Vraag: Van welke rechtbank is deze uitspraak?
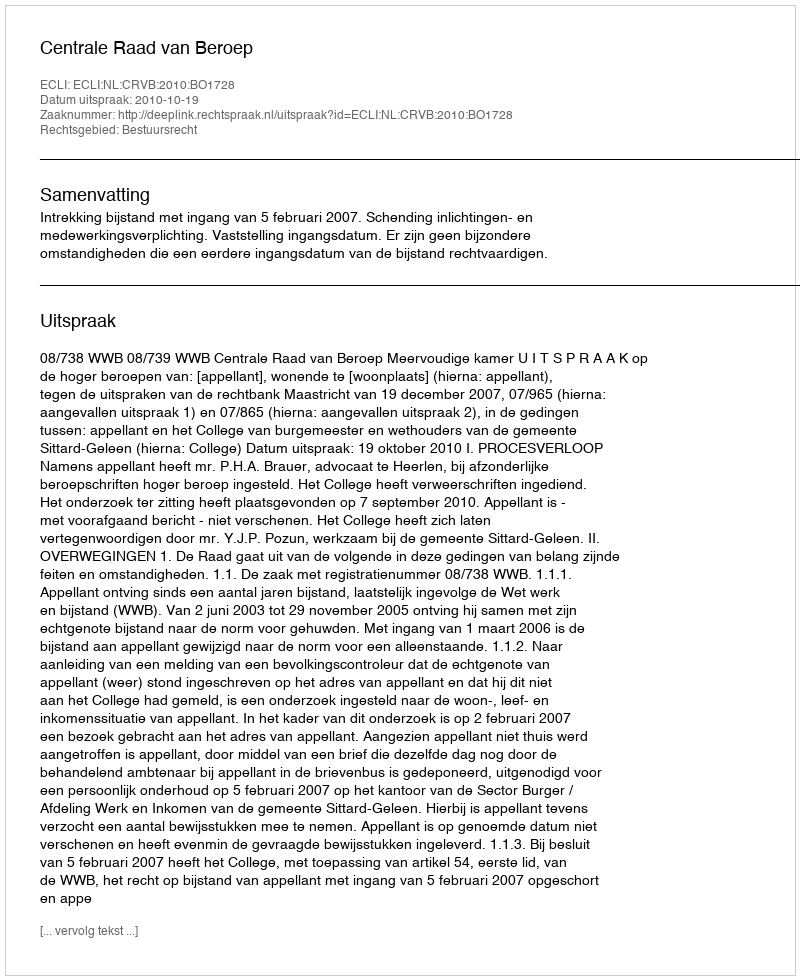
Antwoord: Centrale Raad van Beroep